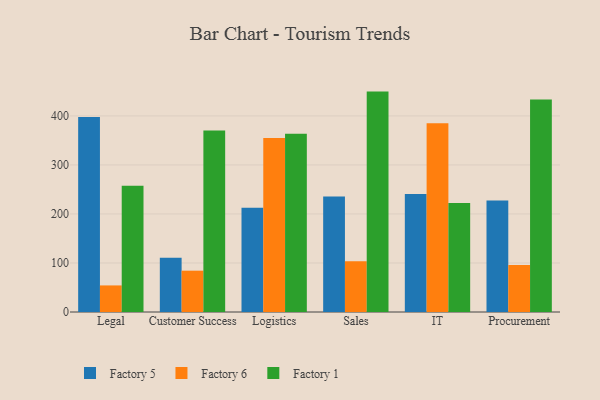
{"axis": {"x": "Department", "y": "Gross Profit (USD K)"}, "legend": ["Factory 1", "Factory 5", "Factory 6"], "data": [{"x": "Legal", "y": 398.0, "type": "Factory 5"}, {"x": "Legal", "y": 54.2, "type": "Factory 6"}, {"x": "Legal", "y": 257.5, "type": "Factory 1"}, {"x": "Customer Success", "y": 110.5, "type": "Factory 5"}, {"x": "Customer Success", "y": 84.3, "type": "Factory 6"}, {"x": "Customer Success", "y": 370.4, "type": "Factory 1"}, {"x": "Logistics", "y": 212.7, "type": "Factory 5"}, {"x": "Logistics", "y": 354.8, "type": "Factory 6"}, {"x": "Logistics", "y": 363.6, "type": "Factory 1"}, {"x": "Sales", "y": 235.5, "type": "Factory 5"}, {"x": "Sales", "y": 103.3, "type": "Factory 6"}, {"x": "Sales", "y": 449.6, "type": "Factory 1"}, {"x": "IT", "y": 240.7, "type": "Factory 5"}, {"x": "IT", "y": 385.1, "type": "Factory 6"}, {"x": "IT", "y": 222.2, "type": "Factory 1"}, {"x": "Procurement", "y": 227.2, "type": "Factory 5"}, {"x": "Procurement", "y": 95.8, "type": "Factory 6"}, {"x": "Procurement", "y": 433.6, "type": "Factory 1"}]}